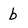
Character: b